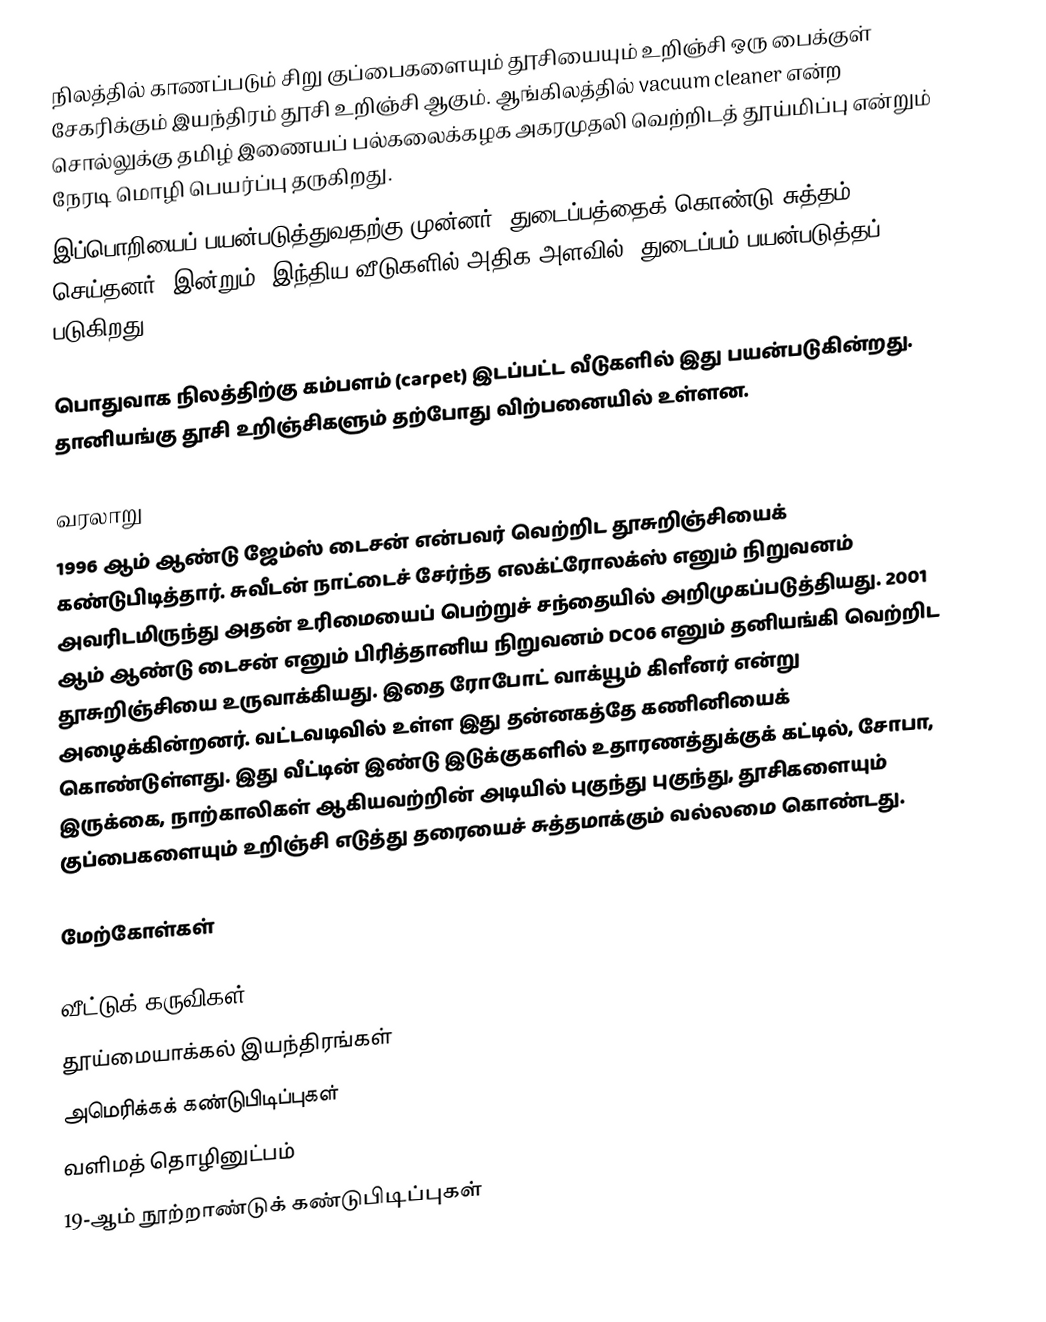
நிலத்தில் காணப்படும் சிறு குப்பைகளையும் தூசியையும் உறிஞ்சி ஒரு பைக்குள் சேகரிக்கும் இயந்திரம் தூசி உறிஞ்சி ஆகும். ஆங்கிலத்தில் vacuum cleaner என்ற சொல்லுக்கு தமிழ் இணையப் பல்கலைக்கழக அகரமுதலி வெற்றிடத் தூய்மிப்பு என்றும் நேரடி மொழி பெயர்ப்பு தருகிறது.
இப்பொறியைப் பயன்படுத்துவதற்கு முன்னர், துடைப்பத்தைக் கொண்டு சுத்தம் செய்தனர். இன்றும், இந்திய வீடுகளில் அதிக அளவில், துடைப்பம் பயன்படுத்தப் படுகிறது.

பொதுவாக நிலத்திற்கு கம்பளம் (carpet) இடப்பட்ட வீடுகளில் இது பயன்படுகின்றது. தானியங்கு தூசி உறிஞ்சிகளும் தற்போது விற்பனையில் உள்ளன.

வரலாறு
1996 ஆம் ஆண்டு ஜேம்ஸ் டைசன் என்பவர் வெற்றிட தூசுறிஞ்சியைக் கண்டுபிடித்தார். சுவீடன் நாட்டைச் சேர்ந்த எலக்ட்ரோலக்ஸ் எனும் நிறுவனம் அவரிடமிருந்து அதன் உரிமையைப் பெற்றுச் சந்தையில் அறிமுகப்படுத்தியது. 2001 ஆம் ஆண்டு டைசன் எனும் பிரித்தானிய நிறுவனம் DC06 எனும் தனியங்கி  வெற்றிட தூசுறிஞ்சியை உருவாக்கியது. இதை ரோபோட் வாக்யூம் கிளீனர் என்று அழைக்கின்றனர். வட்டவடிவில் உள்ள இது தன்னகத்தே கணினியைக் கொண்டுள்ளது. இது வீட்டின் இண்டு இடுக்குகளில் உதாரணத்துக்குக் கட்டில், சோபா, இருக்கை, நாற்காலிகள் ஆகியவற்றின் அடியில் புகுந்து புகுந்து, தூசிகளையும் குப்பைகளையும் உறிஞ்சி எடுத்து தரையைச் சுத்தமாக்கும் வல்லமை கொண்டது.

மேற்கோள்கள்

வீட்டுக் கருவிகள்
தூய்மையாக்கல் இயந்திரங்கள்
அமெரிக்கக் கண்டுபிடிப்புகள்
வளிமத் தொழினுட்பம்
19-ஆம் நூற்றாண்டுக் கண்டுபிடிப்புகள்